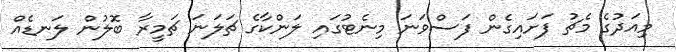
މިއަދުގެ މެޗު ފަށައިގެން ފަސްވަނަ މިނެޓުގައި ލަންކާގެ ޗަލަނަ ޗަމީރާ ބޮލުން ލަނޑެއް